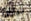
خياران